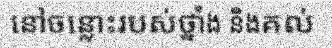
នៅចន្លោះរបស់ថ្នាំង និងគល់